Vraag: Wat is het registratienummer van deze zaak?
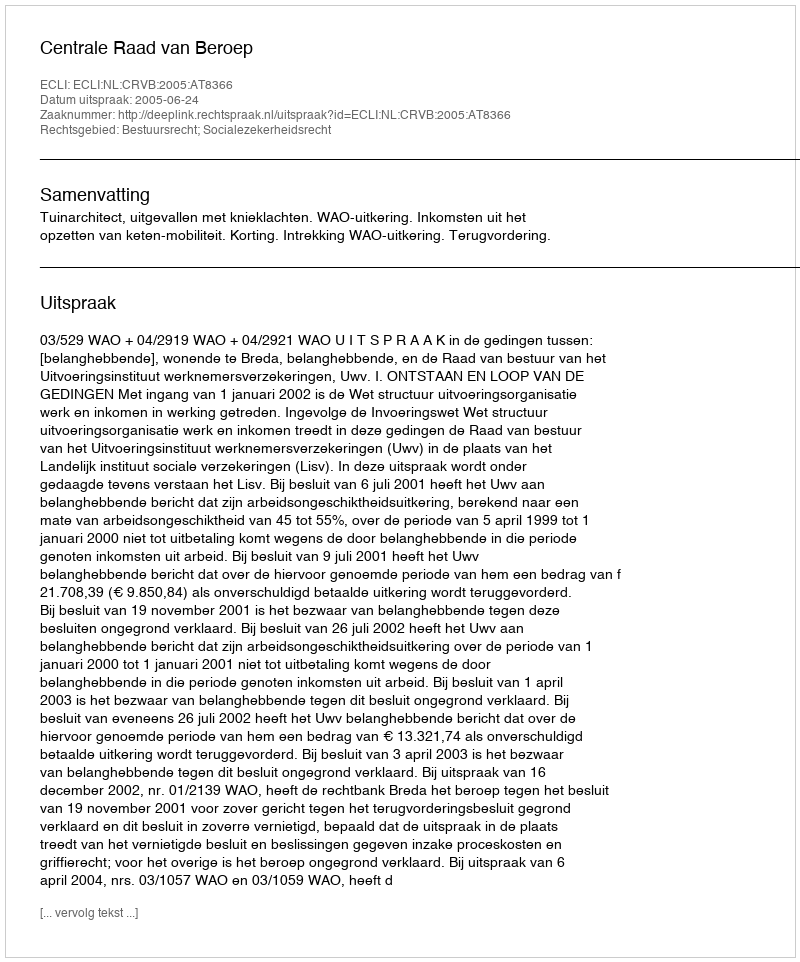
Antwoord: http://deeplink.rechtspraak.nl/uitspraak?id=ECLI:NL:CRVB:2005:AT8366